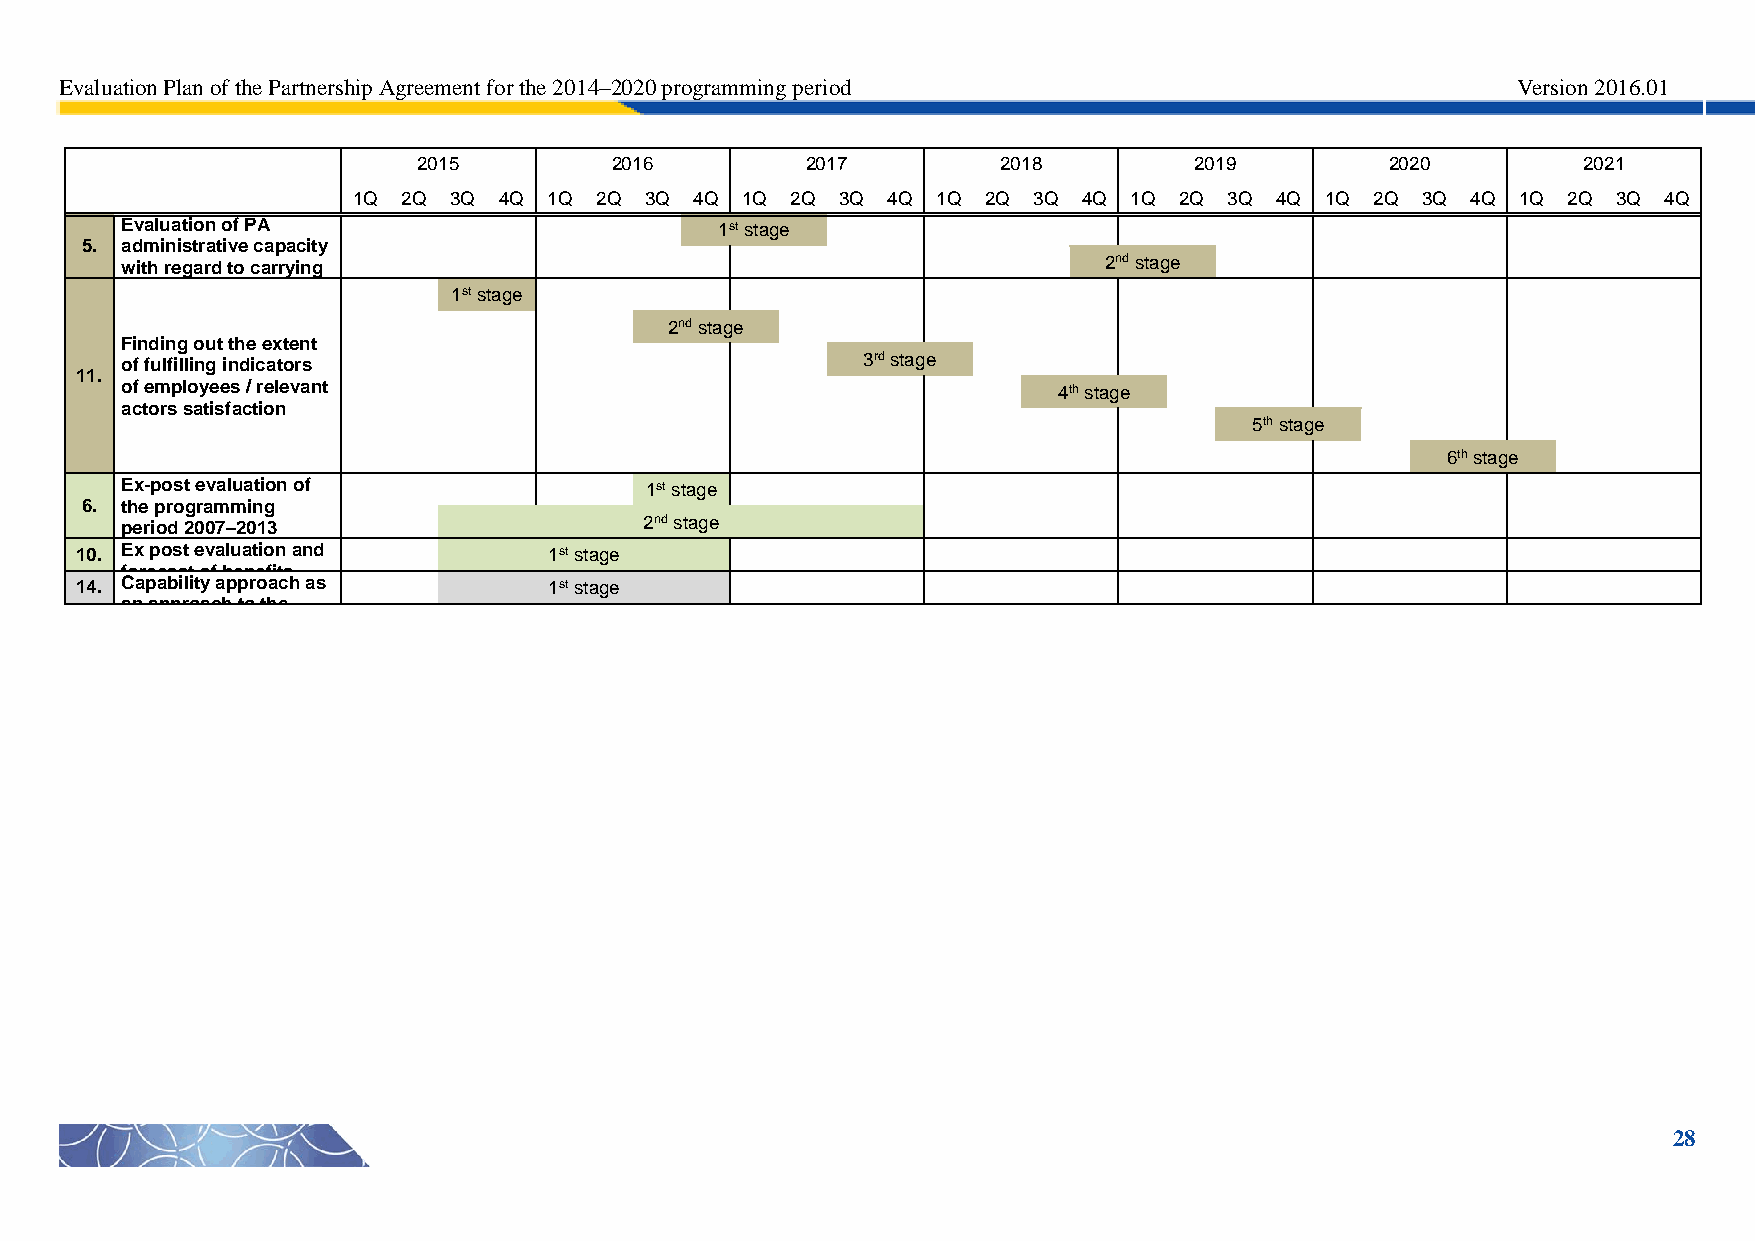
Evaluation Plan of the Partnership Agreement for the 2014–2020 programming period               Version 2016.01
 2015        2016         2017         2018         2019         2020         2021
 1Q  2Q 3Q 4Q 1Q 2Q  3Q 4Q 1Q 2Q  3Q 4Q 1Q 2Q 3Q  4Q 1Q 2Q 3Q 4Q  1Q 2Q 3Q 4Q  1Q 2Q 3Q 4Q
 Evaluation of PA                        1st stage
 5. administrative capacity
 with regard to carrying                                          2nd stage
 out the GN Human      1st stage
 resources
 2nd stage
 Finding out the extent
 of fulfilling indicators                         3rd stage
 11.
 of employees / relevant                                       4th stage
 actors satisfaction
 5th stage
 6th stage
 Ex-post evaluation of              1st stage
 6. the programming
 period 2007–2013                   2nd stage
 10. Ex post evaluation and     1st stage
 forecast of benefits
 14. oC ba tp aa inb eil dit y b a yp tp hr eo Ea Uch -1 a 5s 1st stage
 an approach to the
 countries
 evaluation of ESIF
 interventions relevance
 28